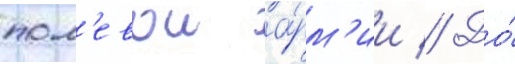
пол'евои а́рм'ии // До́